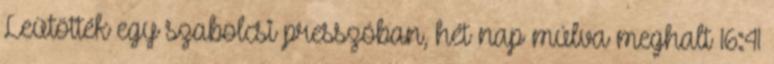
Leütötték egy szabolcsi presszóban, hét nap múlva meghalt 16:41